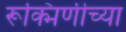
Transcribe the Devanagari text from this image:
रूक्मिणीच्या